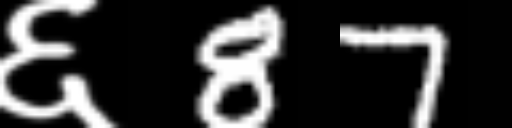
Text: ६87